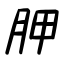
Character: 胛